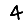
Digit: 4